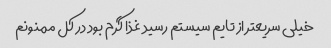
خیلی سریعتر از تایم سیستم رسید غذا گرم بود در کل ممنونم